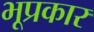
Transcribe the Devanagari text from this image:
भूप्रकार